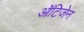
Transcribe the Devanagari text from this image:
ऑटिजेन